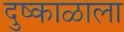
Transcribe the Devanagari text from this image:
दुष्काळाला